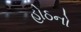
હોઠનો